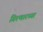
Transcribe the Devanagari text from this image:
गिरणारच्या